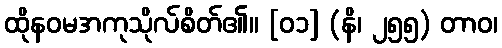
ထိုနဝမအကုသိုလ်စိတ်၏။ [၀၁] (နိ၊ ၂၅၅) တာဝ၊